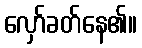
လှော်ခတ်နေ၏။